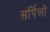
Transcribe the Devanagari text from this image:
सर्पिलों